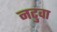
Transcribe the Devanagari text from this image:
नटुवा